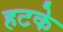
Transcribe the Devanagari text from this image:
हटके